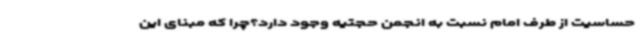
حساسیت از طرف امام نسبت به انجمن حجتیه وجود دارد؟چرا که مبنای این